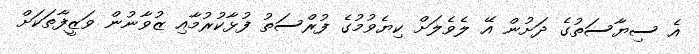
އެ ސިޔާސަތުގެ ދަށުން އޭ ލެވެލަށް ކިޔެވުމުގެ ފުރްސަތު ފުޅާކުރުމާއި ޒުވާނުން ވަޒީފާތަކަށް